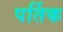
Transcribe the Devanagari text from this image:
पर्तिक